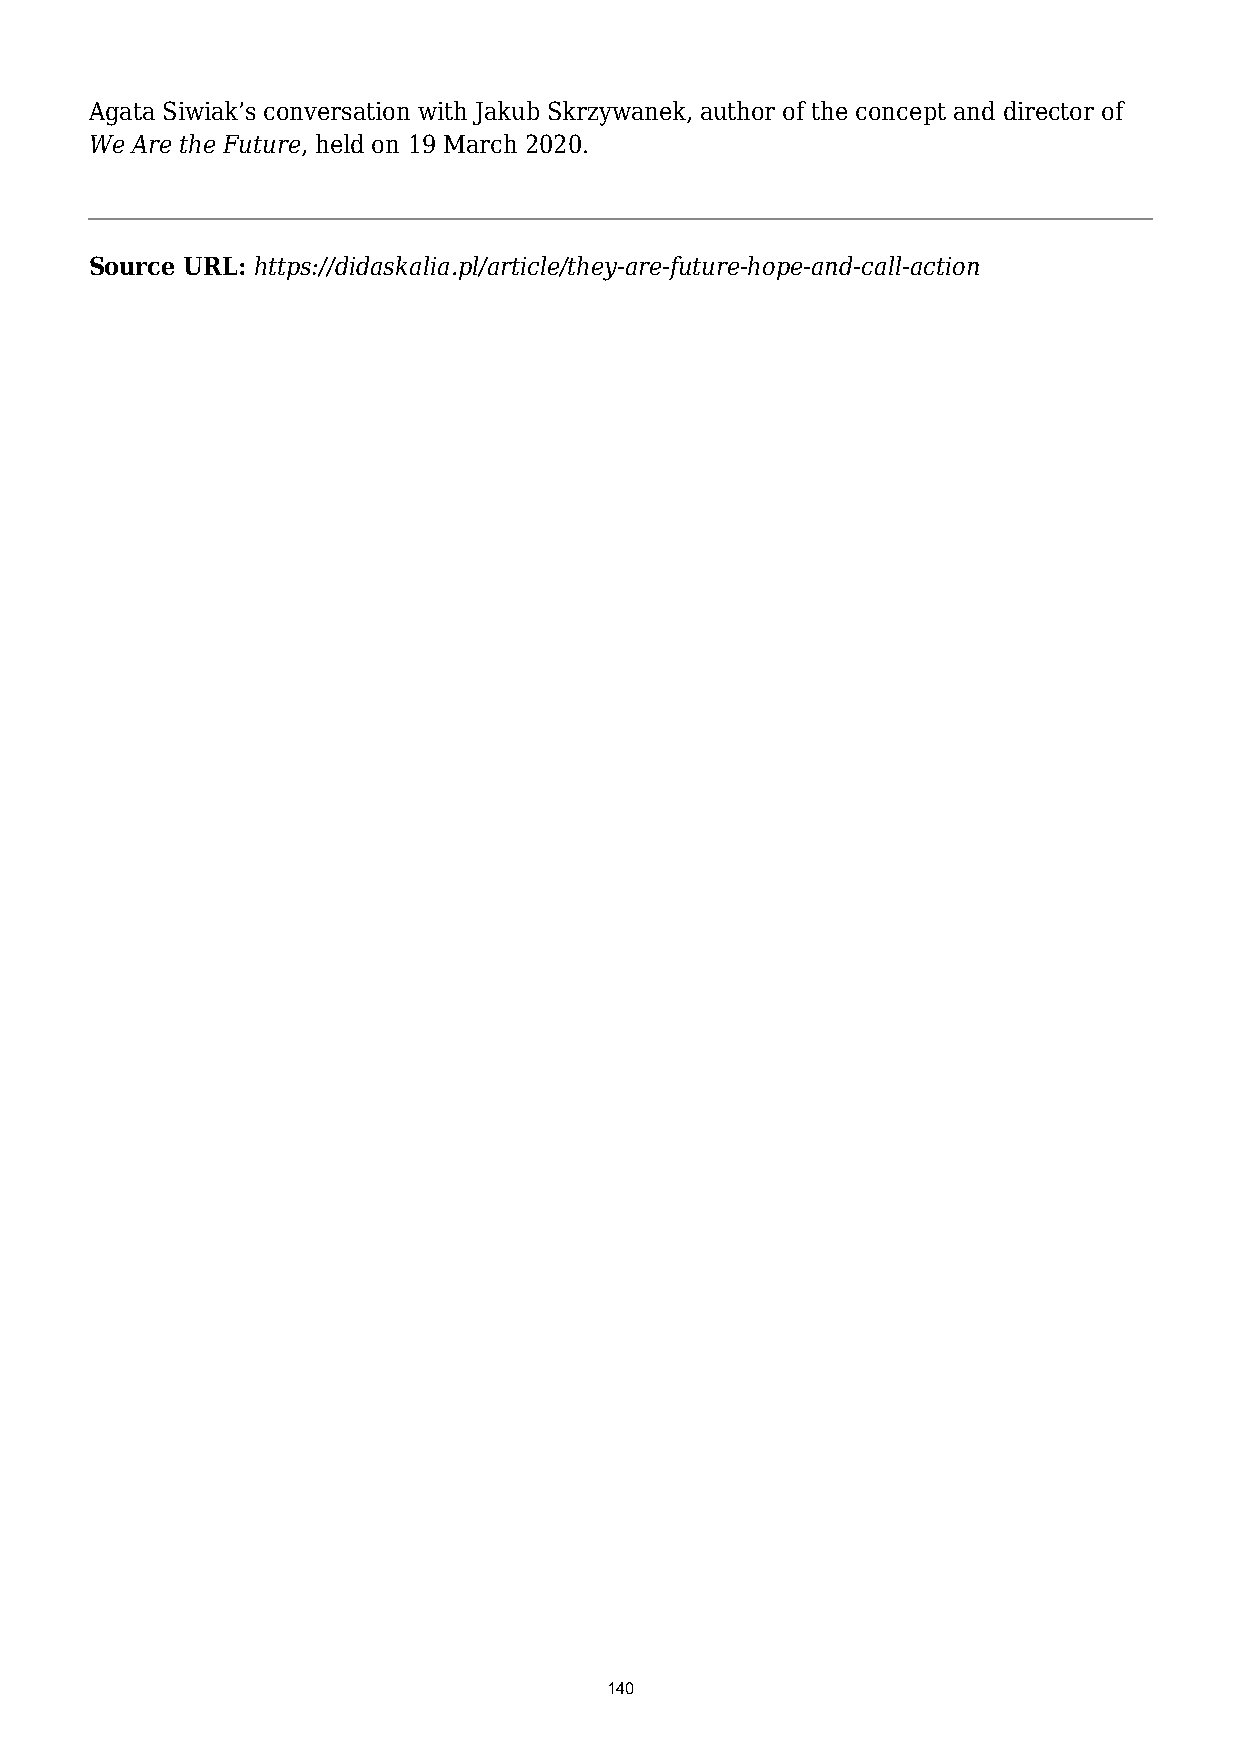
Agata Siwiak’s conversation with Jakub Skrzywanek, author of the concept and director of
 We Are the Future, held on 19 March 2020.
 Source URL: https://didaskalia.pl/article/they-are-future-hope-and-call-action
 140